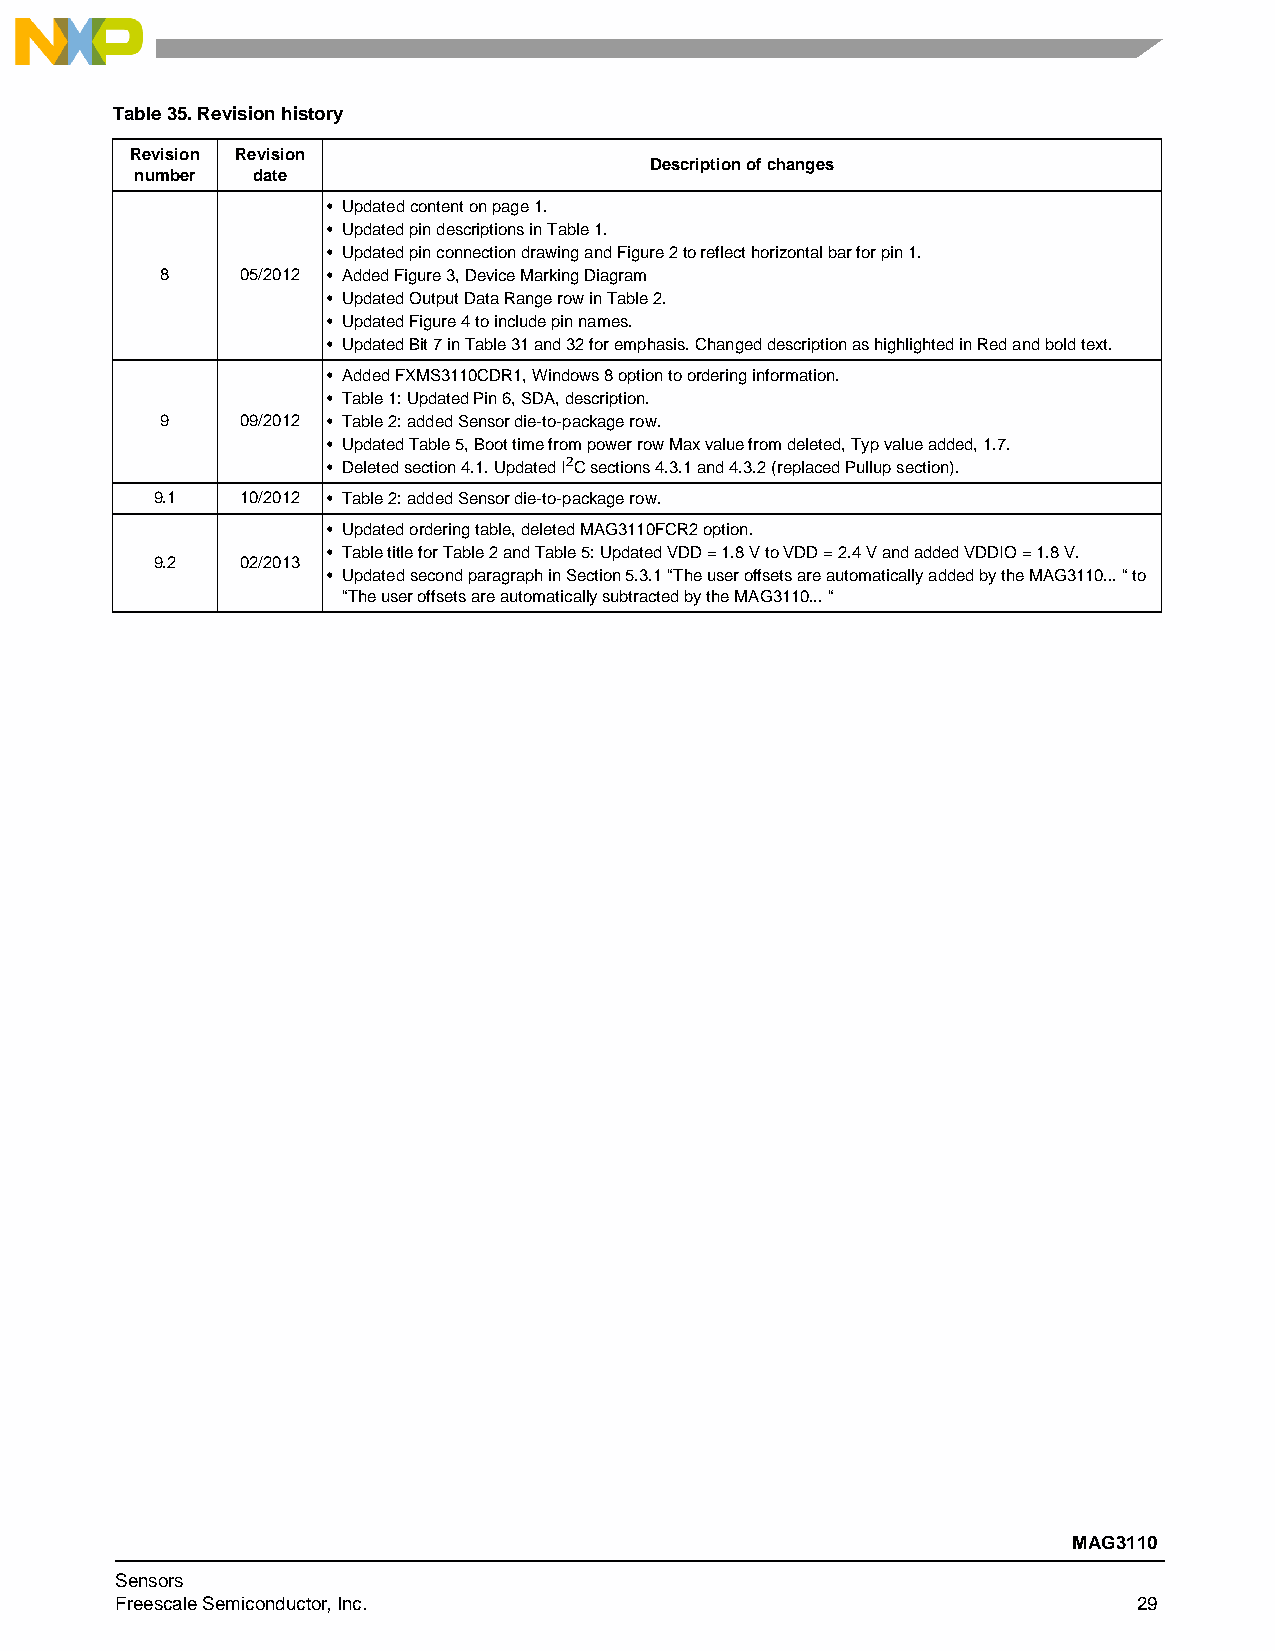
Table35. Revision history
 Revision Revision
 Description of changes
 number  date
 • Updated content on page 1.
 • Updated pin descriptions in Table 1.
 • Updated pin connection drawing and Figure 2 to reflect horizontal bar for pin 1.
 8    05/2012 • Added Figure 3, Device Marking Diagram
 • Updated Output Data Range row in Table 2.
 • Updated Figure 4 to include pin names.
 • Updated Bit 7 in Table 31 and 32 for emphasis. Changed description as highlighted in Red and bold text.
 • Added FXMS3110CDR1, Windows 8 option to ordering information.
 • Table 1: Updated Pin 6, SDA, description.
 9    09/2012 • Table 2: added Sensor die-to-package row.
 • Updated Table 5, Boot time from power row Max value from deleted, Typ value added, 1.7.
 • Deleted section 4.1. Updated I2C sections 4.3.1 and 4.3.2 (replaced Pullup section).
 9.1   10/2012 • Table 2: added Sensor die-to-package row.
 • Updated ordering table, deleted MAG3110FCR2 option.
 • Table title for Table 2 and Table 5: Updated VDD = 1.8 V to VDD = 2.4 V and added VDDIO = 1.8 V.
 9.2   02/2013
 • Updated second paragraph in Section 5.3.1 “The user offsets are automatically added by the MAG3110... “ to
 “The user offsets are automatically subtracted by the MAG3110... “
 MAG3110
 Sensors
 Freescale Semiconductor, Inc.                                      29